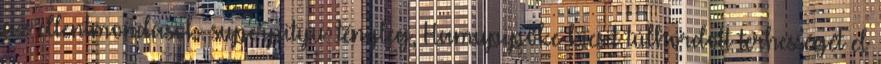
az ellentmondások. superpityu: tényleg, Hamupipőke kicsit túlhordott terhességét el